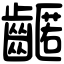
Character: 𪙛